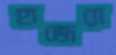
হাজেরা